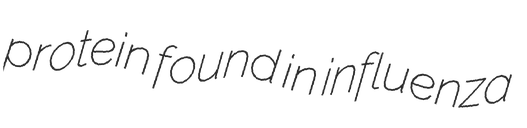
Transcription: protein found in influenza